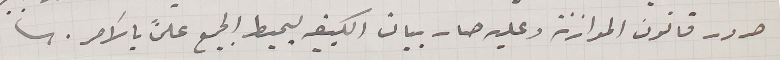
صدور قانون الموازنة وعليه صار بيان الكيفيه يحيط الجميع علناً بالأمر.